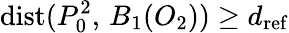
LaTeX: \mathrm{dist}(P_{0}^{2},\, B_{1}(O_{2}))\geq d_{\mathrm{ref}}